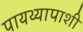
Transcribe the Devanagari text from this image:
पायथ्यापाशी